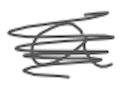
Text: a
Cross-out: mix
Writing tool: digital_gray